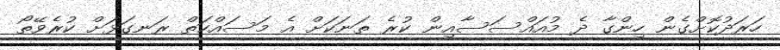
ހަރަދުކޮށްގެން ހިންގާ ދެ މުއައްސަސާއިން ކުރެ ތަނަކަށް އެ މަސައްކަތް ރަނގަޅަށް ކުރެވޭތޯ